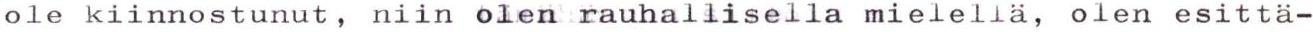
ole kiinnostunut, niin olen rauhallisella mielellä, olen esittä-